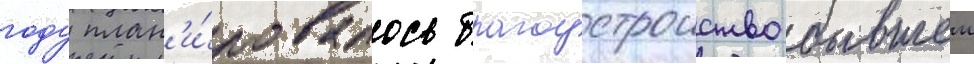
году план'и́ровалось благоустроиство бывшеи